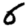
Digit: 6